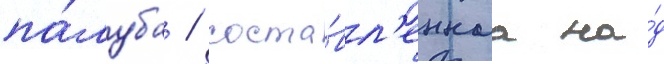
па́луба / соста́вл'еннаа на́д